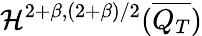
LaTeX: \mathcal{H}^{2+\beta,(2+\beta)/2}(\overline{{Q_{T}}})